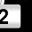
Digit: 2